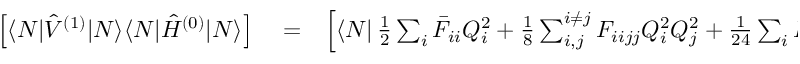
\begin{array} { r l r } { \left[ \langle N | \hat { V } ^ { ( 1 ) } | N \rangle \langle N | \hat { H } ^ { ( 0 ) } | N \rangle \right] } & { { } = } & { \left[ \langle N | \, \frac { 1 } { 2 } \sum _ { i } \bar { F } _ { i i } Q _ { i } ^ { 2 } + \frac { 1 } { 8 } \sum _ { i , j } ^ { i \neq j } F _ { i i j j } Q _ { i } ^ { 2 } Q _ { j } ^ { 2 } + \frac { 1 } { 2 4 } \sum _ { i } F _ { i i i i } Q _ { i } ^ { 4 } | N \rangle \langle N | - \frac { 1 } { 2 } \sum _ { k } \frac { \partial ^ { 2 } } { \partial Q _ { k } ^ { 2 } } + V _ { \mathrm { r e f } } + \frac { 1 } { 2 } \sum _ { k } \omega _ { k } ^ { 2 } Q _ { k } ^ { 2 } | N \rangle \right] } \end{array}